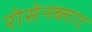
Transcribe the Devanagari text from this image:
रोसेनब्लाट